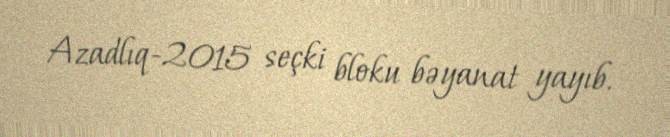
Azadlıq-2015 seçki bloku bəyanat yayıb.